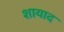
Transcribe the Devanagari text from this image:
शायाद